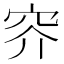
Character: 𱶱